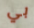
بي